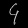
Digit: ၄